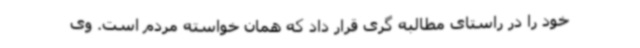
خود را در راستای مطالبه گری قرار داد که همان خواسته مردم است. وی